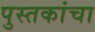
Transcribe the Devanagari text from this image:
पुस्‍तकांचा